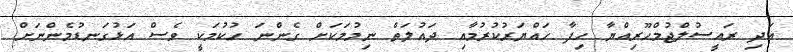
އަދި ރައީސުލްޖުމްހޫރިއްޔާ ހިފާ ހައްޔަރުކުރުމާއި ދައުލަތް ނިމުމަކަށް ގެންނަ ހުކުމަކީ ވެސް އަޅުގަނޑުމެންނަށް